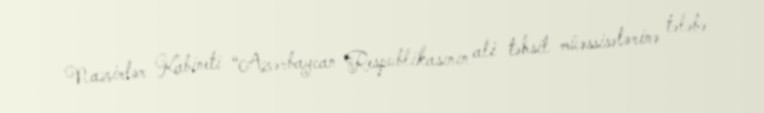
Nazirlər Kabineti “Azərbaycan Respublikasının ali təhsil müəssisələrinə tələbə